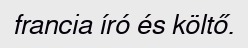
francia író és költő.